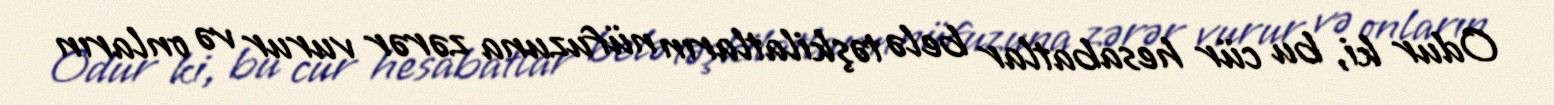
Odur ki, bu cür hesabatlar belə təşkilatların nüfuzuna zərər vurur və onların